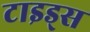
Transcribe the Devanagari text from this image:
टाइड्स